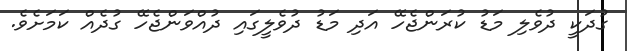
ގުދަކީ ދުވެލި މަޑު ކުރަންޖެހޭ އަދި މަޑު ދުވެލީގައި ދުއްވަންޖެހޭ ގުދެއް ކަމަށެވެ.